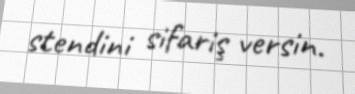
stendini sifariş versin.